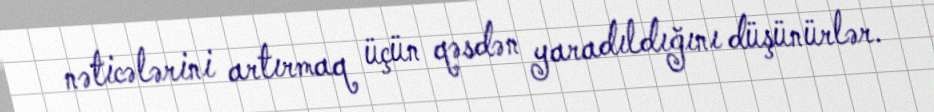
nəticələrini artırmaq üçün qəsdən yaradıldığını düşünürlər.